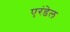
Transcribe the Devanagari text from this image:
एरंडेल